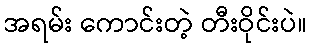
အရမ်း ကောင်းတဲ့ တီးဝိုင်းပဲ။